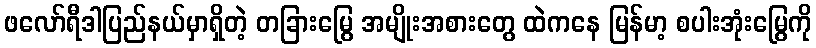
ဖလော်ရီဒါပြည်နယ်မှာရှိတဲ့ တခြားမြွေ အမျိုးအစားတွေ ထဲကနေ မြန်မာ့ စပါးအုံးမြွေကို